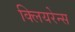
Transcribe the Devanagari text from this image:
क्लियरेन्स